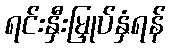
ရင်းနှီးမြှုပ်နှံရန်